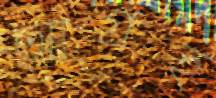
আগ্রহ